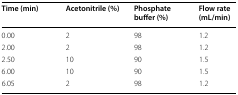
<table><thead><tr><td><b>Time (min)</b></td><td><b>Acetonitrile (%)</b></td><td><b>Phosphate buffer (%)</b></td><td><b>Flow rate (mL/min)</b></td></tr></thead><tbody><tr><td>0.00</td><td>2</td><td>98</td><td>1.2</td></tr><tr><td>2.00</td><td>2</td><td>98</td><td>1.2</td></tr><tr><td>2.50</td><td>10</td><td>90</td><td>1.5</td></tr><tr><td>6.00</td><td>10</td><td>90</td><td>1.5</td></tr><tr><td>6.05</td><td>2</td><td>98</td><td>1.2</td></tr></tbody></table>